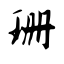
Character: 珊